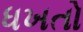
ધખતો